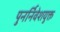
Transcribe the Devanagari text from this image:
पुनर्निवेशयुक्त